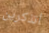
أتذكرين